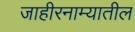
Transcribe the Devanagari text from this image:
जाहीरनाम्यातील